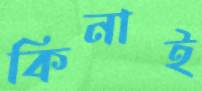
কিনাই